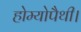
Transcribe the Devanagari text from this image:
होम्योपैथी।